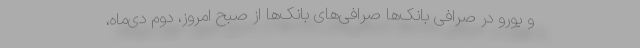
و یورو در صرافی بانک‌ها صرافی‌های بانک‌ها از صبح امروز، دوم دی‌ماه،